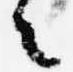
々